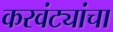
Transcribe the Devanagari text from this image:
करवंट्यांचा